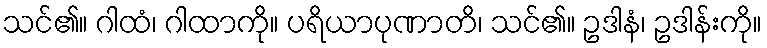
သင်၏။ ဂါထံ၊ ဂါထာကို။ ပရိယာပုဏာတိ၊ သင်၏။ ဥဒါနံ၊ ဥဒါန်းကို။